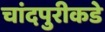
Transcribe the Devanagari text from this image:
चांदपुरीकडे